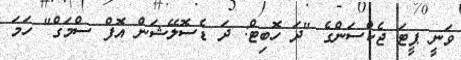
ވަނީ ޕީޓަ ޖެކްސަންގެ "ދަ ހޮބިޓް: ދަ ޑެސޮލޭޝަން އޮފް ސްމަގް" ހަމަ